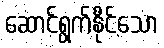
ဆောင်ရွက်နိုင်သော